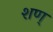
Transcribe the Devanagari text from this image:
शण्